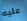
عليه